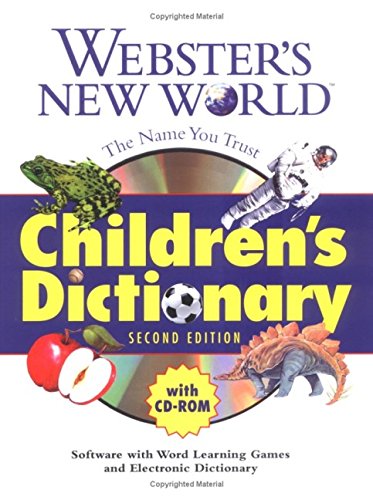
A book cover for Webster's New World Children's Dictionary with CD-ROM; Teen & Young Adult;